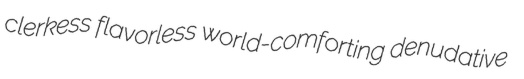
clerkess flavorless world-comforting denudative